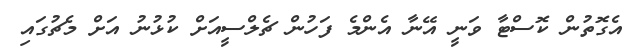
އެގޮތުން ކޮސްޓާ ވަނީ އޭނާ އެންމެ ފަހުން ޗެލްސީއަށް ކުޅުނު އަށް މެޗުގައި